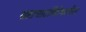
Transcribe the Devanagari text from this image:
भ्रष्टाचाराविरोधातील